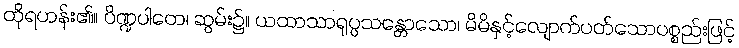
ထိုရဟန်း၏။ ပိဏ္ဍပါတေ၊ ဆွမ်း၌။ ယထာသာရုပ္ပသန္တောသော၊ မိမိနှင့်လျောက်ပတ်သောပစ္စည်းဖြင့်